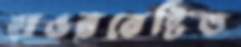
হাওরবেষ্টিত